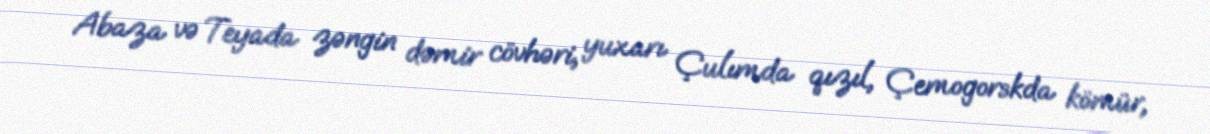
Abaza və Teyada zəngin dəmir cövhəri, yuxarı Çulımda qızıl, Çemogorskda kömür,